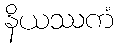
နိယဿကံ